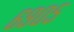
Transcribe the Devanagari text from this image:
६९०५